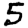
Digit: 5